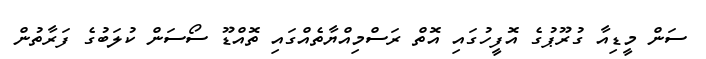
ސަން މީޑިއާ ގުރޫޕުގެ އޮފީހުގައި އޮތް ރަސްމިއްޔާތެއްގައި ތޮއްޑޫ ސޯސަން ކުލަބުގެ ފަރާތުން